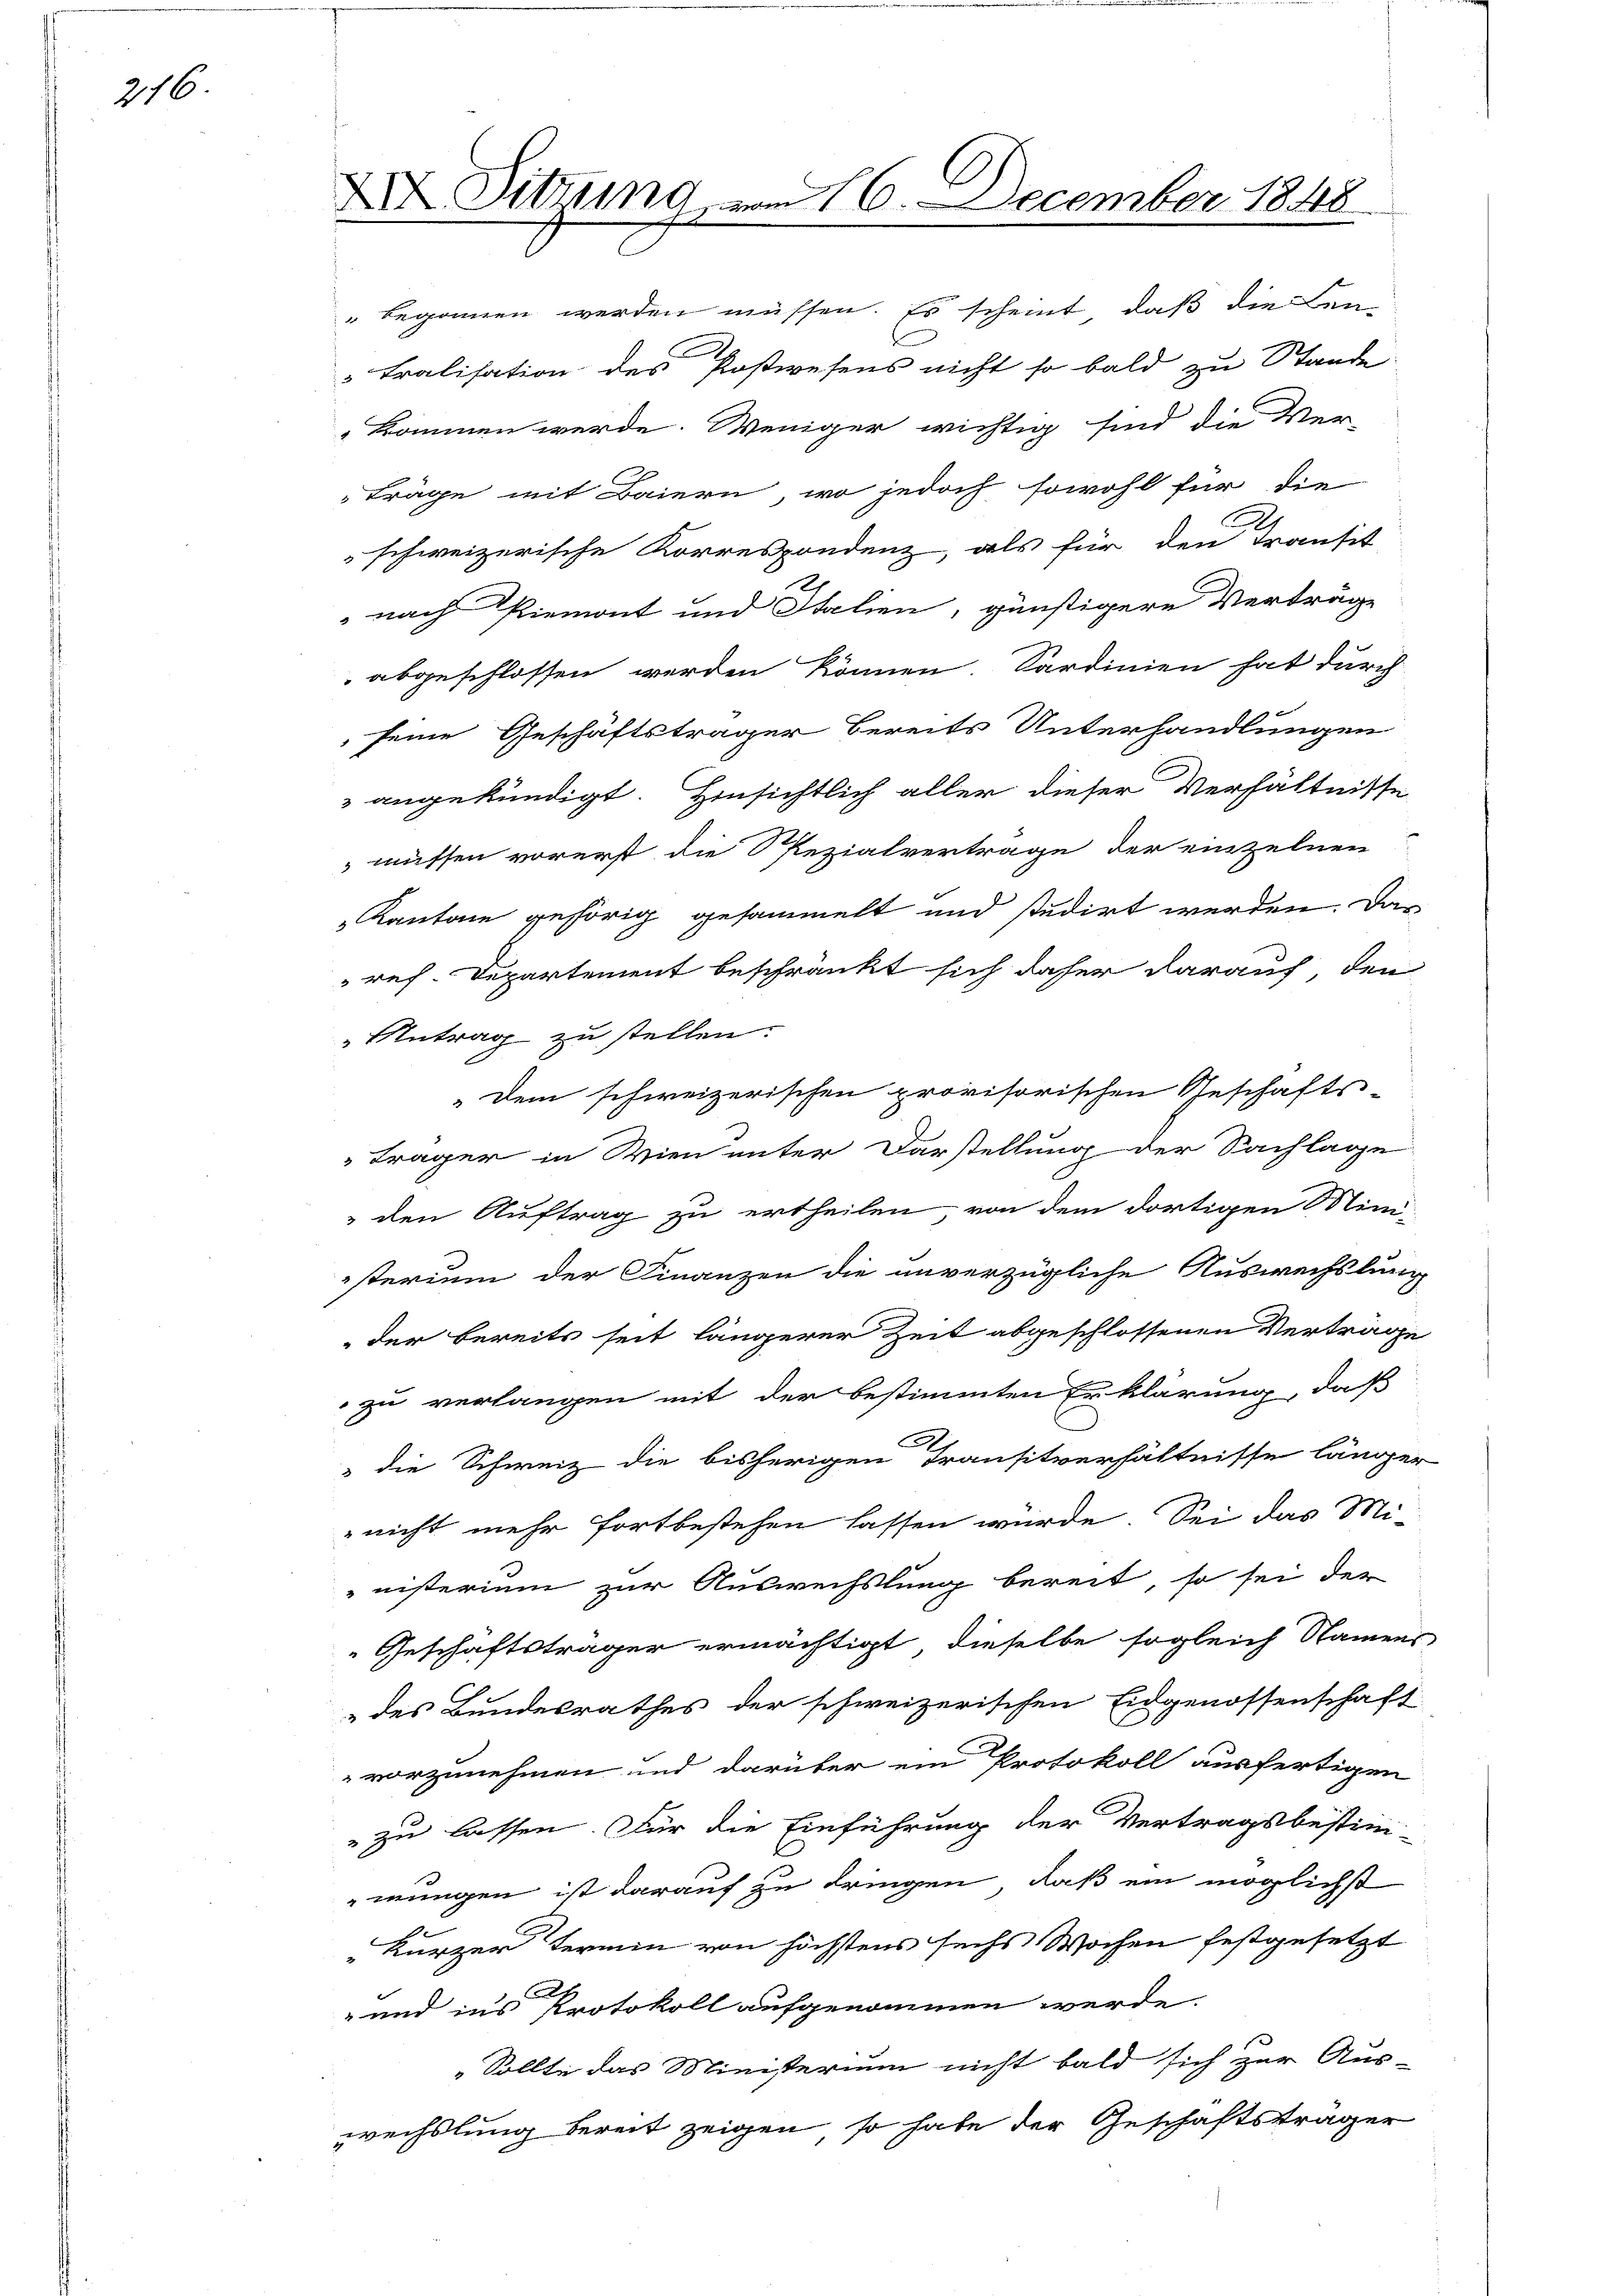
316

XI Sitzung vom 16. December 1848

" begonnen werden müssen. Es scheint, daß die Len-
Tralisation des Postwesens nicht so bald zu Stande
kommen werde. Weniger wichtig sind die Ver-
Träge mit Baiern, wo jedoch sowohl für die
schweizerische Korrespondenz, als für den Transit
 nach Piemont und Italien, günstigere Verträge
abgeschlossen werden können. Sardinien hat durch
seine Geschäftsträger bereits Unterhandlungen
 angekündigt. Hinsichtlich aller dieser Verhältnisse
müssen vorerst die Spezialvertrage der einzelnen
Kantone gehörig gesammelt und studirt werden. Das
ref. Departement beschränkt sich daher darauf, den
Antrag zu stellen.
Dem schweizerischen provisorischen Geschäfts-
Träger in Wien unter Darstellung der Sachlage
" den Auftrag zu ertheilen von dem dortigen Mini-
sterium der Finanzen die unverzügliche Auswechslung
der bereits seit längerer Zeit abgeschlossenen Verträge
zu verlangen mit der bestimmten Erklärung, daß
 die Schweiz die bisherigen Transitverhältnisse länger
 nicht mehr fortbestehen lassen würde. Sei das Mi-
nisterium zur Auswechslung bereit, so sei der
Geschäftsträger ermächtigt, dieselbe sogleich Namens
des Bundesrathes der schweizerischen Eidgenossenschaft
vorzunehmen und darüber ein Protokoll ausfertigen
" zu lassen. Für die Einführung der Vertragsbestim-
mungen ist darauf zu dringen, daß ein möglichst
kurzer Termin von höchstens sechs Wochen festgesetzt
e
" und ins Protokoll aufgenommen werde.
„Sollte das Ministerium nicht bald sich zur Aus-
wechslung bereit zeigen, so habe der Geschäftsträger